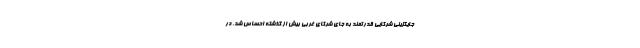
جایگزینی شرکایی قدرتمند به جای شرکای غربی بیش از گذشته احساس شد. در